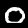
Digit: 0